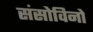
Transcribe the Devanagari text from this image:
संसोविनो